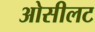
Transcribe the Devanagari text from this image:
ओसीलट